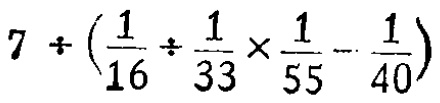
$7 \div \left(\frac{1}{16} \div \frac{1}{33} \times \frac{1}{55} - \frac{1}{40}\right)$